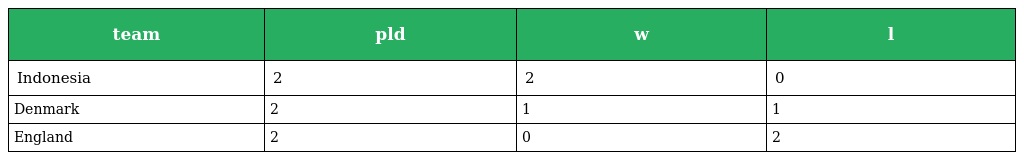
| team | pld | w | l |
 | --- | --- | --- | --- |
 | Indonesia | 2 | 2 | 0 |
 | Denmark | 2 | 1 | 1 |
 | England | 2 | 0 | 2 |